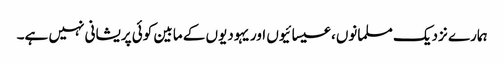
ہمارے نزدیک مسلمانوں، عیسائیوں اور یہودیوں کے مابین کوئی پریشانی نہیں ہے۔